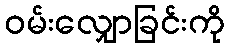
ဝမ်းလျှောခြင်းကို